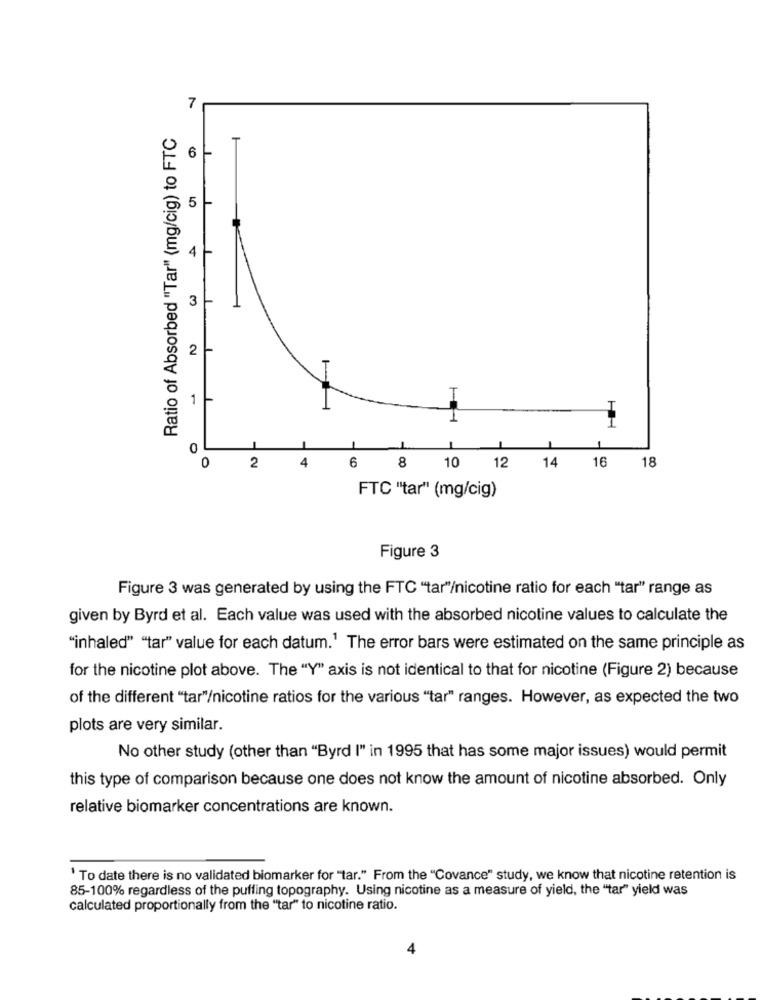
7
Ratio of Absorbed "Tar" (mg/cig) to FTC
6 -
5
4 -
3
2
1 -
T
0
0
4
16
18
2
6 8
10 12 14
FTC "tar" (mg/cig)
Figure 3
Figure 3 was generated by using the FTC "tar"/nicotine ratio for each "tar" range as
given by Byrd et al. Each value was used with the absorbed nicotine values to calculate the
"inhaled" "tar" value for each datum.' The error bars were estimated on the same principle as
for the nicotine plot above. The "Y" axis is not identical to that for nicotine (Figure 2) because
of the different "tar"/nicotine ratios for the various "tar" ranges. However, as expected the two
plots are very similar.
No other study (other than "Byrd I" in 1995 that has some major issues) would permit
this type of comparison because one does not know the amount of nicotine absorbed. Only
relative biomarker concentrations are known.
' To date there is no validated biomarker for "tar." From the "Covance" study, we know that nicotine retention is
85-100% regardless of the puffing topography. Using nicotine as a measure of yield, the "tar" yield was
calculated proportionally from the "tar" to nicotine ratio.